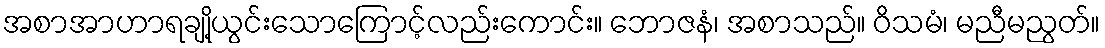
အစာအာဟာရချို့ယွင်းသောကြောင့်လည်းကောင်း။ ဘောဇနံ၊ အစာသည်။ ဝိသမံ၊ မညီမညွတ်။